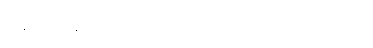
နောက်ဆုံးဂြိုဟ်ဖြစ်လာခဲ့တာ ဖြစ်ပါတယ်။